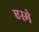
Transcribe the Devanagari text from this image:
एस्मे